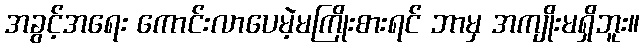
အခွင့်အရေး ကောင်းလာပေမဲ့မကြိုးစားရင် ဘာမှ အကျိုးမရှိဘူး။